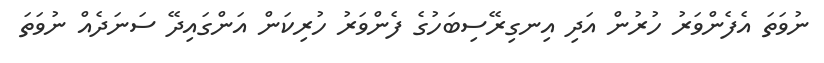
ނުވަތަ އެފެންވަރު ހުރުން އަދި އިނގިރޭސިބަހުގެ ފެންވަރު ހުރިކަން އަންގައިދޭ ސަނަދެއް ނުވަތަ